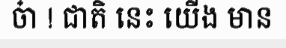
ចា៎ ! ជាតិ នេះ យើង មាន